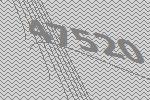
47520